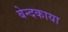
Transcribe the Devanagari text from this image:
बेन्दकाया